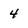
Character: 4